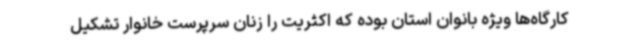
کارگاه‌ها ویژه بانوان استان بوده که اکثریت را زنان سرپرست خانوار تشکیل